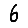
Digit: 6